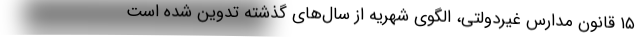
۱۵ قانون مدارس غیردولتی، الگوی شهریه از سال‌های گذشته تدوین شده است